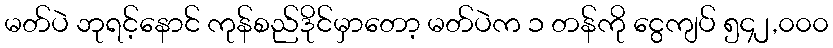
မတ်ပဲ ဘုရင့်နောင် ကုန်စည်ဒိုင်မှာတော့ မတ်ပဲက ၁ တန်ကို ငွေကျပ် ၅၄၂,၀၀၀